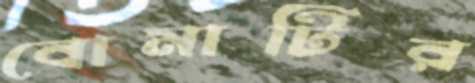
বোমাটির